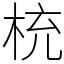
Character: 𣑁